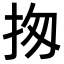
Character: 𢫍